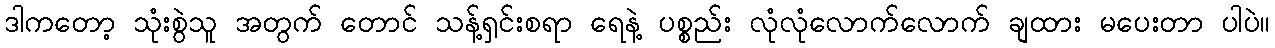
ဒါကတော့ သုံးစွဲသူ အတွက် တောင် သန့်ရှင်းစရာ ရေနဲ့ ပစ္စည်း လုံလုံလောက်လောက် ချထား မပေးတာ ပါပဲ။